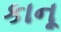
કાનૂ